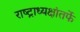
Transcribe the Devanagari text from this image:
राष्ट्राध्यक्षांतर्फे